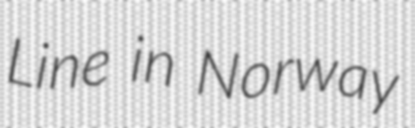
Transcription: Line in Norway